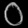
Digit: ၀